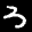
Label: 3